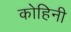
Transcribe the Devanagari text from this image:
कोहिनी